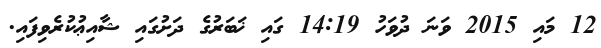
12 މައި 2015 ވަނަ ދުވަހު 14:19 ގައި ޚަބަރުގެ ދަށުގައި ޝާއިޢުކުރެވިފައި.